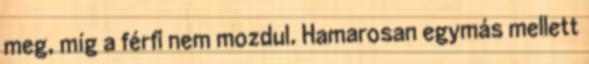
meg, míg a férfi nem mozdul. Hamarosan egymás mellett